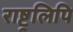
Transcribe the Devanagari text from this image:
राष्ट्रलिपि